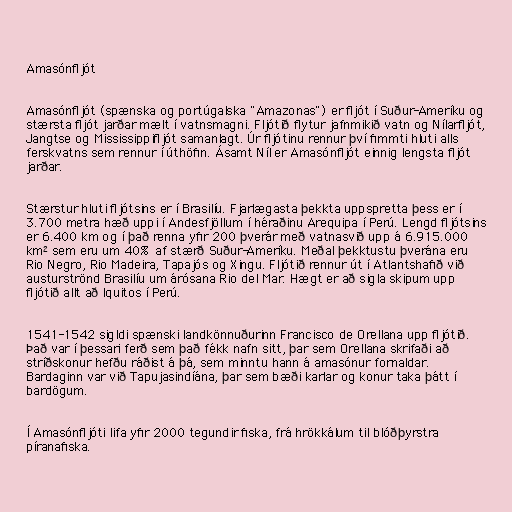
Amasónfljót

Amasónfljót (spænska og portúgalska "Amazonas") er fljót í Suður-Ameríku og
stærsta fljót jarðar mælt í vatnsmagni. Fljótið flytur jafnmikið vatn og Nílarfljót,
Jangtse og Mississippifljót samanlagt. Úr fljótinu rennur því fimmti hluti alls
ferskvatns sem rennur í úthöfin. Ásamt Níl er Amasónfljót einnig lengsta fljót
jarðar.

Stærstur hluti fljótsins er í Brasilíu. Fjarlægasta þekkta uppspretta þess er í
3.700 metra hæð uppi í Andesfjöllum í héraðinu Arequipa í Perú. Lengd fljótsins
er 6.400 km og í það renna yfir 200 þverár með vatnasvið upp á 6.915.000
km² sem eru um 40% af stærð Suður-Ameríku. Meðal þekktustu þverána eru
Rio Negro, Rio Madeira, Tapajós og Xingu. Fljótið rennur út í Atlantshafið við
austurströnd Brasilíu um árósana Rio del Mar. Hægt er að sigla skipum upp
fljótið allt að Iquitos í Perú.

1541-1542 sigldi spænski landkönnuðurinn Francisco de Orellana upp fljótið.
Það var í þessari ferð sem það fékk nafn sitt, þar sem Orellana skrifaði að
stríðskonur hefðu ráðist á þá, sem minntu hann á amasónur fornaldar.
Bardaginn var við Tapujasindíána, þar sem bæði karlar og konur taka þátt í
bardögum.

Í Amasónfljóti lifa yfir 2000 tegundir fiska, frá hrökkálum til blóðþyrstra
píranafiska.